Scientific memoirs by medical officers of the Army of India - Part VII,
Year: 1892
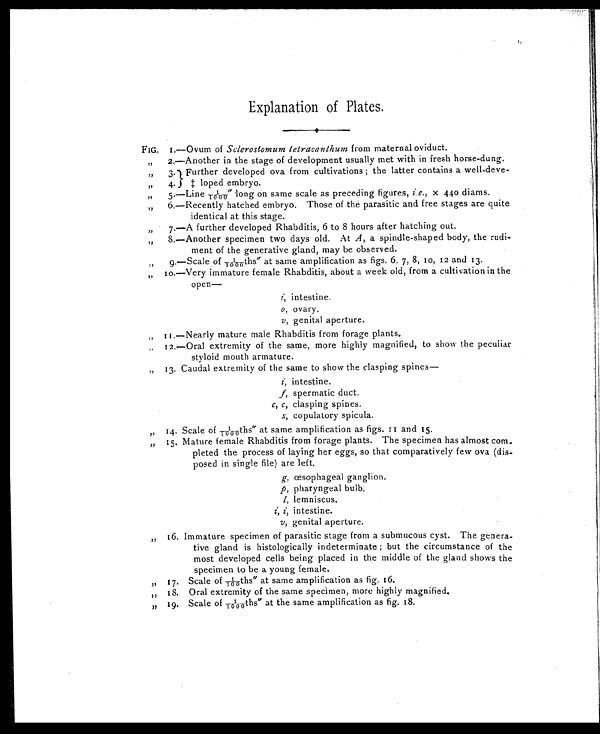
Explanation of Plates.
FIG. 1.—Ovum of Sclerostomum tetracanthum from maternal oviduct.
,, 2.—Another in the stage of development usually met with in fresh horse-dung..
,, 3.
,, 4.
Further developed ova from cultivations ; the latter contains a well-deve-
‡ loped embryo.
,, 5.—Line 1/1000 "long on same scale as preceding figures, i.e., x 440 diams.
,, 6.—Recently hatched embryo. Those of the parasitic and free stages are quite
identical at this stage.
,, 7.—A further developed Rhabditis, 6 to 8 hours after hatching out.
,, 8.—Another specimen two days old. At A, a spindle-shaped body, the rudi-
ment of the generative gland, may be observed.
,, 9.—Scale of 1/1000ths" at same amplification as figs. 6, 7, 8, 10, 12 and 13
,, 10.—Very immature female Rhabditis, about a week old, from a cultivation in the
open-
i ,
i n t e s t i n e .
o, ovary.
v, genital aperture
,, 11.—Nearly mature male Rhabditis from forage plants.
,, 12.—Oral extremity of the same, more highly magnified, to show the peculiar
styloid mouth armature.
,, 13. Caudal extremity of the same to show the clasping spines
i ,
i n t e s t i n e .
f, spermatic duct.
c, c, clasping spines.
s, copulatory spicula.
,, 14. Scale of 1/1000ths" at same amplification as figs. 11 and 15.
,, 15. Mature female Rhabditis from forage plants. The specimen has almost co
m-pleted the process of laying her eggs, so that comparatively few ova (dis-
posed in single file) are left.
g, œsophageal ganglion.
p, pharyngeal bulb.
l ,
l e m n i s c u s .
i , i ,
i n t e s t i n e .
v, genital aperture.
,, 16. Immature specimen of parasitic stage from a submucous cyst. The genera.
tive gland is histologically indeterminate ; but the circumstance of the
most developed cells being placed in the middle of the gland shows the
specimen to be a young female.
,, 17. Scale of 1/100ths" at same amplification as fig. 16.
,, 18. Oral extremity of the same specimen, more highly magnified.
,, 19. Scale of 1/1000ths" at the same amplification as fig. 18.